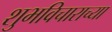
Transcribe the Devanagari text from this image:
शुभविचाराच्या